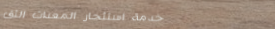
خدمة استئجار المعدات الثق